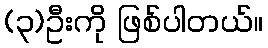
(၃)ဦးကို ဖြစ်ပါတယ်။